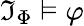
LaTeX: {\mathfrak{I}}_{\Phi}\vDash\varphi